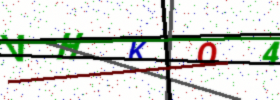
Text: VHKO4